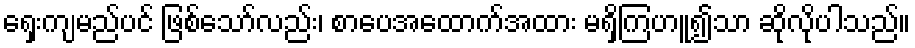
ရှေးကျမည်ပင် ဖြစ်သော်လည်း၊ စာပေအထောက်အထား မရှိကြဟူ၍သာ ဆိုလိုပါသည်။